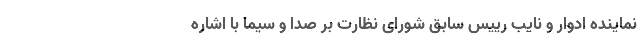
نماینده ادوار و نایب رییس سابق شورای نظارت بر صدا و سیما با اشاره